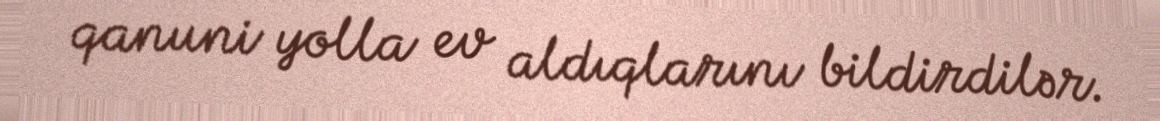
qanuni yolla ev aldıqlarını bildirdilər.